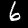
Label: 6